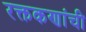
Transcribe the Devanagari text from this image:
रक्तकणांची